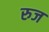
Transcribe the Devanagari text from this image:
रुज